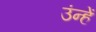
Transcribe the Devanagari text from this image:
उंन्हें